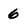
Character: 6